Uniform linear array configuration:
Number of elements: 8
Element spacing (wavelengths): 0.75
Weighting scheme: cosine
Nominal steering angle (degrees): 15
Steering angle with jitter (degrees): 14.029
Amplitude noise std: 0.05
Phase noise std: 0.05

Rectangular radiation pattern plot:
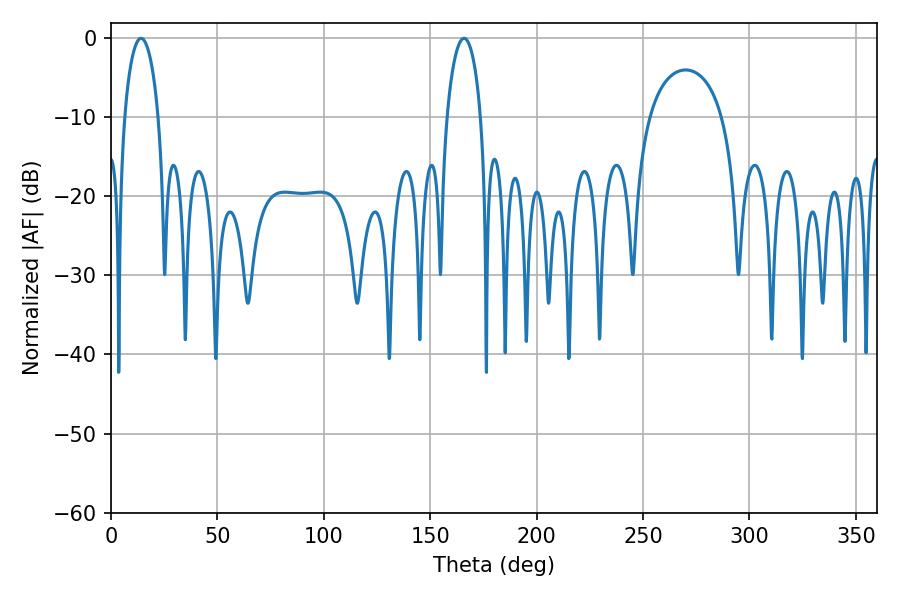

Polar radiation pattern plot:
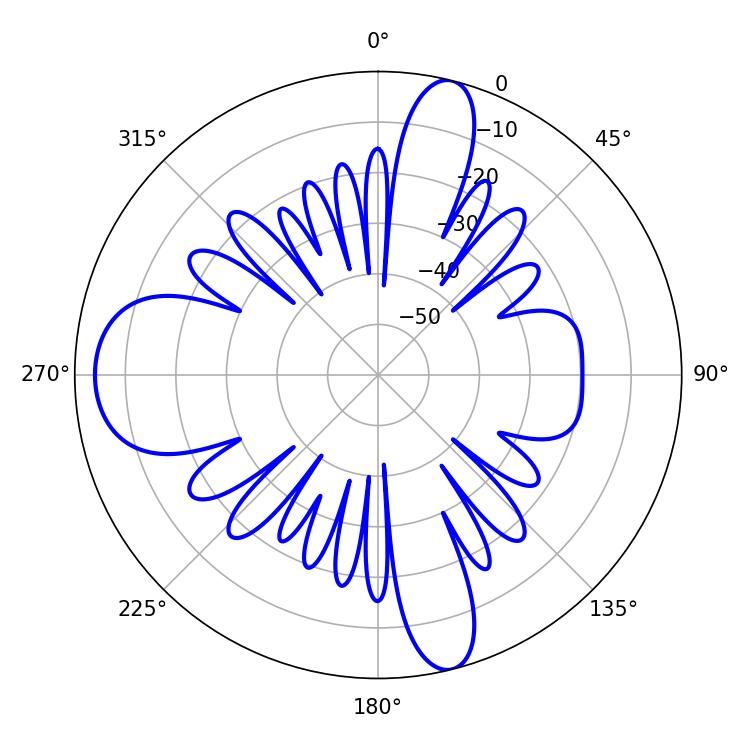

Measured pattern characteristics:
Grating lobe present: TRUE
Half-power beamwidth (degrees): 9.18
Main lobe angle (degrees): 14.04